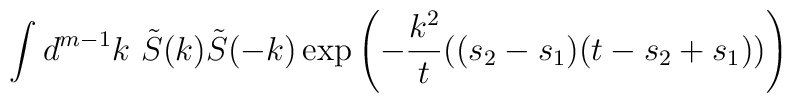
\int d^{m-1}k\  \tilde S(k) \tilde S(-k)\exp \left( -\frac{k^2}{t}((s_2-s_1)(t-s_2+s_1)) \right)